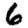
Digit: 6